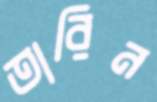
তারিন